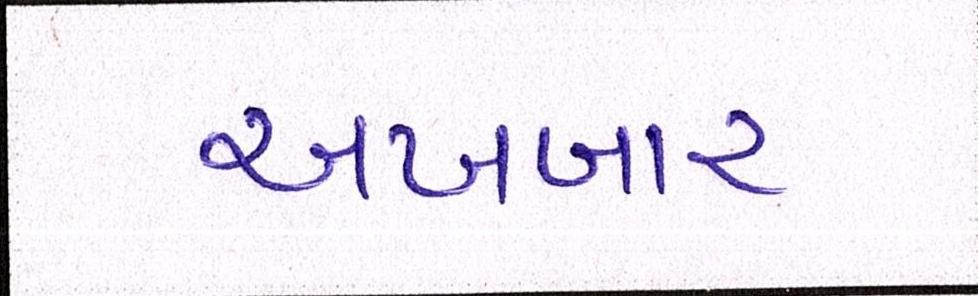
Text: અખબાર